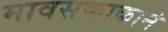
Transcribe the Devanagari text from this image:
मावसकाकाने